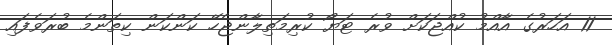
11 އަހަރުގެ އާއްމު ކުއްޖަކަށް ވުރެ ޓަޔޯ ކުރިމަތިލާންޖެހޭ ކަންކަން ކިތަންމެ ބުރަވެފައި